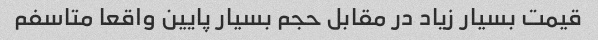
قیمت بسیار زیاد در مقابل حجم بسیار پایین واقعا متاسفم